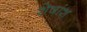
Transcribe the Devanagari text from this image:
शेषांश